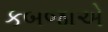
કબજાએ